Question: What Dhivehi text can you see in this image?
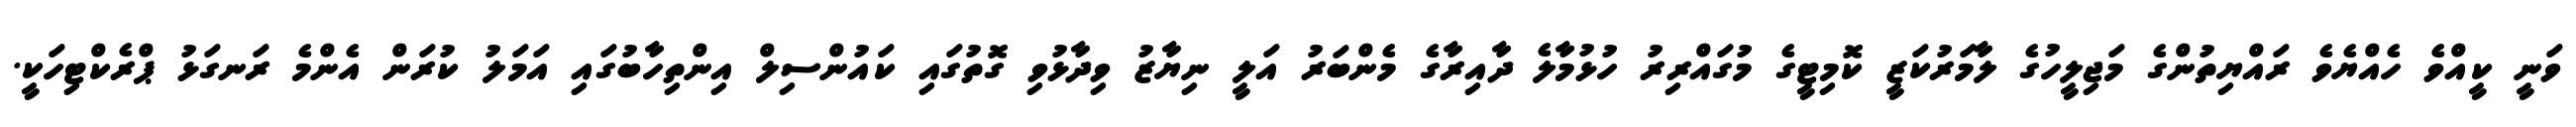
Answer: ވަނީ ކީއްވެ ހެއްޔެވެ ރައްޔިތުންގެ މަޖިލީހުގެ ލާމަރުކަޒީ ކޮމިޓީގެ މުގައްރިރު ހުޅުމާލެ ދާއިރާގެ މެންބަރު އަލީ ނިޔާޒު ވިދާޅުވި ގޮތުގައި ކައުންސިލް އިންތިހާބުގައި އަމަލު ކުރަން އެންމެ ރަނގަޅު ޕްރެކްޓިހަކީ.